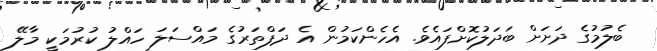
ބެލުމުގެ ދަށަށް ބަދަލުކޮށްފައެވެ. އެހެންކަމުން އެ ދަފްތަރުގެ މައްސަލަ ހައްލު ކުރުމަކީ މާލޭ